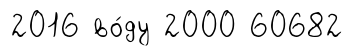
2016 во́ду 2000 60682